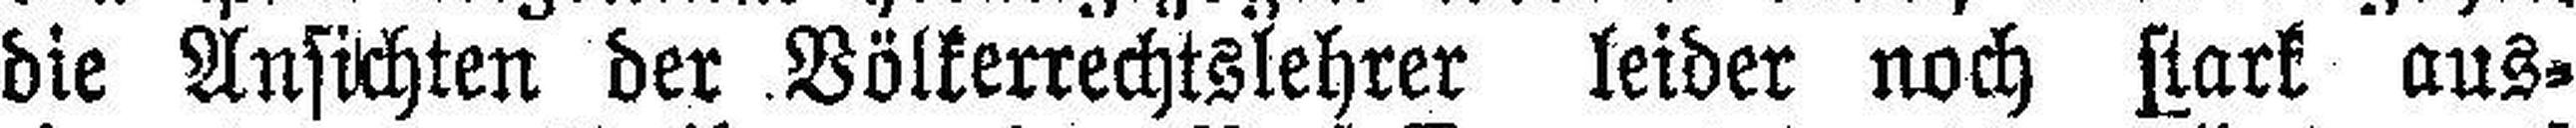
die Ansichten der. Völkerrechtslehrer leider noch stark aus¬